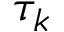
\tau _ { k }